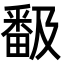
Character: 𭻬